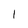
Character: 1